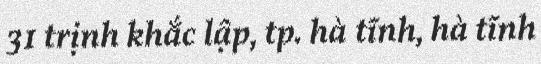
31 trịnh khắc lập, tp. hà tĩnh, hà tĩnh